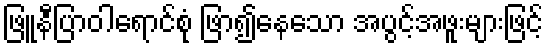
ဖြူနီပြာဝါရောင်စုံ ဖြာ၍နေသော အပွင့်အဖူးများဖြင့်